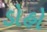
ડોહો